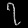
Digit: ၇